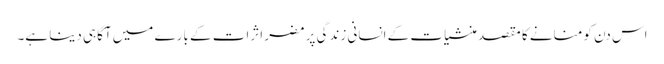
اس دن کو منانے کا مقصد منشیات کے انسانی زندگی پر مضر اثرات کے بارے میں آگاہی دینا ہے۔